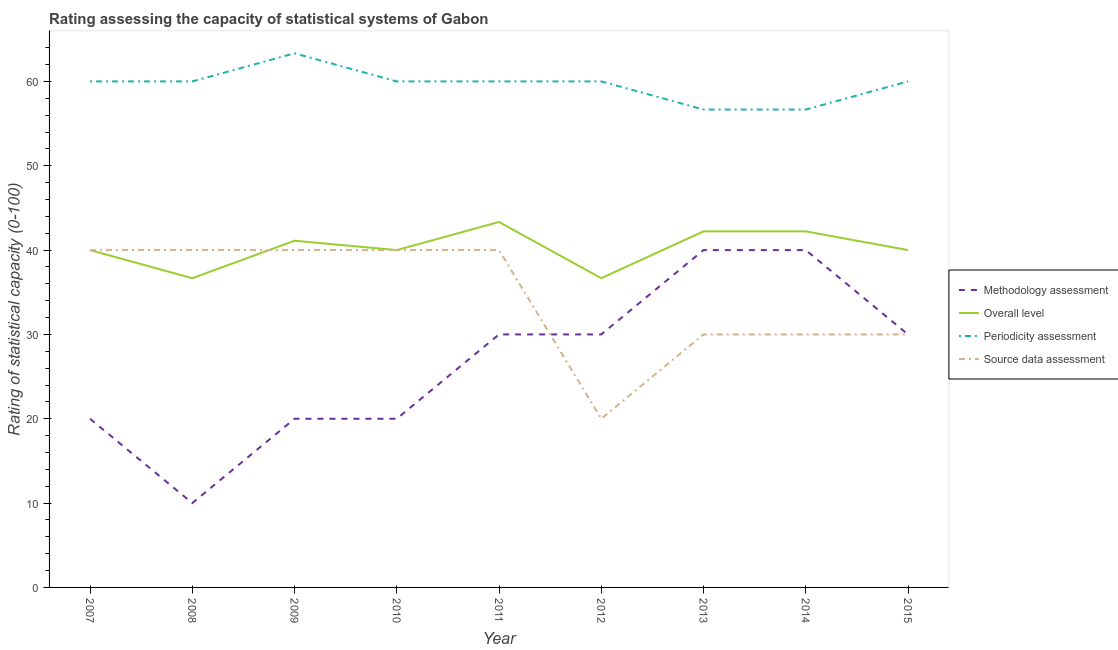
| Year | Methodology assessment | Overall level | Periodicity assessment | Source data assessment |
 | --- | --- | --- | --- | --- |
 | 2007 | 20 | 40 | 60 | 40 |
 | 2008 | 10 | 36.7 | 60 | 40 |
 | 2009 | 20 | 41.1 | 63.3 | 40 |
 | 2010 | 20 | 40 | 60 | 40 |
 | 2011 | 30 | 43.3 | 60 | 40 |
 | 2012 | 30 | 36.7 | 60 | 20 |
 | 2013 | 40 | 42.2 | 56.7 | 30 |
 | 2014 | 40 | 42.2 | 56.7 | 30 |
 | 2015 | 30 | 40 | 60 | 30 |